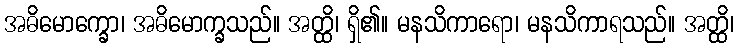
အဓိမောက္ခော၊ အဓိမောက္ခသည်။ အတ္ထိ၊ ရှိ၏။ မနသိကာရော၊ မနသိကာရသည်။ အတ္ထိ၊